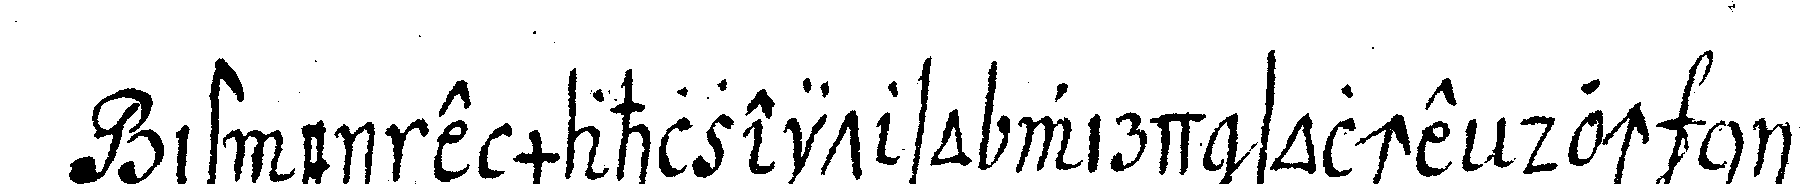
ist eine mahlzeit so wird solche doch nie